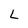
Character: L